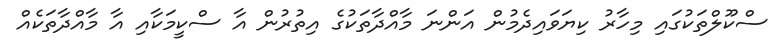
ސްކޫލްތަކުގައި މިހާރު ކިޔަވައިދެމުން އަންނަ މާއްދާތަކުގެ އިތުރުން އާ ސްކީމަކާއި އާ މާއްދާތަކެއް